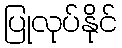
ပြုလုပ်နိုင်